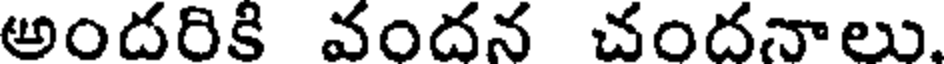
అందరికి వందన చందనాలు.